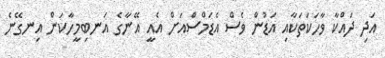
އަދި ދައްކާ ވާހަކަތަކާއި އަޑުން ވެސް އެޑަމްސްއަށް އެއީ އޭނާގެ އަނބިމީހާކަން އިނގޭނެ